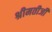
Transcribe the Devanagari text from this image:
श्रीमतीजी